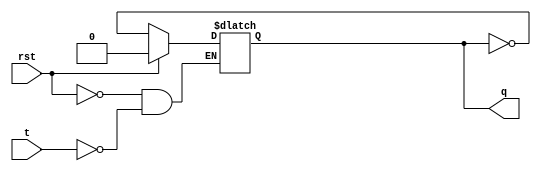
module t_ff(t, rst, q);

input t;
input rst;

output reg q;

always @(*)
	begin
		if(rst == 1)
			q <= 0;
		else 
			if(t)
				q <= ~q;
			else
				q <= q;
		end
		endmodule